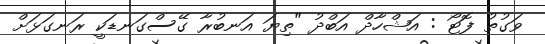
ވަގުތު ފޮޓޯ : އަޝްހާދް އަބްދު "ތިޔަ އަނބުރާ ގޭސްގަނޑަކީ ރަނގަޅަށް